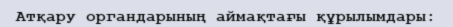
Атқару органдарының аймақтағы құрылымдары: